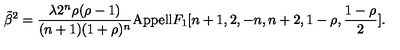
\tilde { \beta } ^ { 2 } = \frac { \lambda 2 ^ { n } \rho ( \rho - 1 ) } { ( n + 1 ) ( 1 + \rho ) ^ { n } } \mathrm { { A p p e l l } } F _ { 1 } [ n + 1 , 2 , - n , n + 2 , 1 - \rho , \frac { 1 - \rho } { 2 } ] .